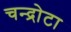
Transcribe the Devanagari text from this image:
चन्द्रोटा